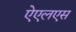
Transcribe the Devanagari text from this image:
ऐएलएस